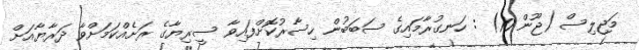
މަޖިލިސް (ޖޫން 10) : ހަނގުރާމައިގެ ސަބަބުން ހިސާރުކޮށްފައިވާ ސީރިޔާގެ ރަށެއްކަމަށްވާ ދަރާޔާއަށް